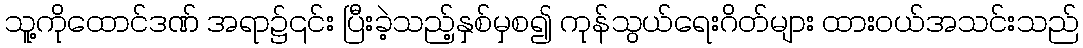
သူ့ကိုထောင်ဒဏ် အရာ၌၎င်း ပြီးခဲ့သည့်နှစ်မှစ၍ ကုန်သွယ်ရေးဂိတ်များ ထားဝယ်အသင်းသည်